Report on lock hospitals in British Burma
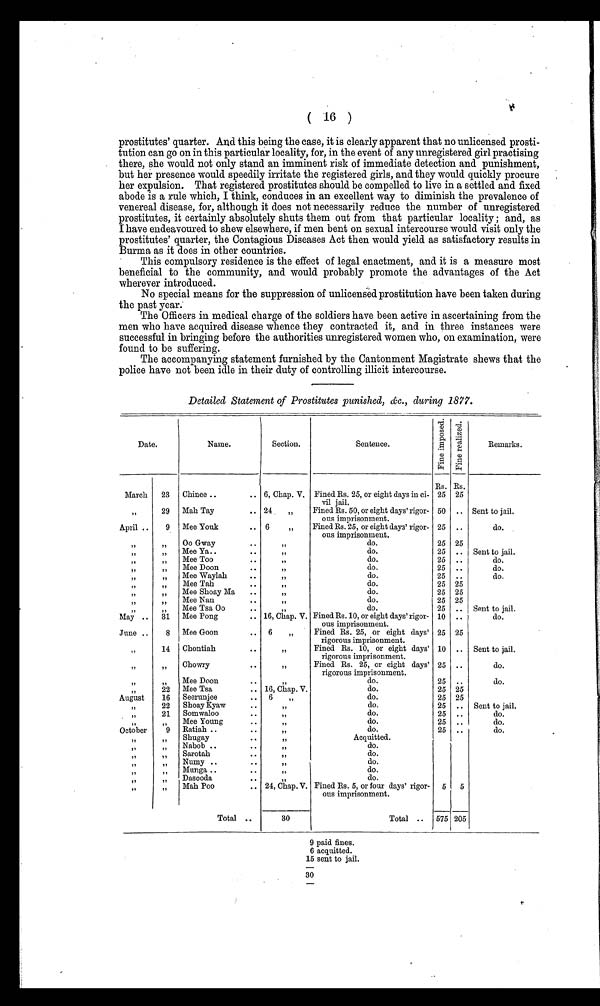
(16)
prostitutes' quarter. And this being the case, it is clearly apparent that no unlicensed prosti
tution can go on in this particular locality, for, in the event of any unregistered girl practising
there, she would not only stand an imminent risk of immediate detection and punishment,
but her presence would speedily irritate the registered girls, and they would quickly procure
her expulsion. That registered prostitutes should be compelled to live in a settled and fixed
abode is a rule which, I think, conduces in an excellent way to diminish the prevalence of
venereal disease, for, although it does not necessarily reduce the number of unregistered
prostitutes, it certainly absolutely shuts them out from that particular locality ; and, as
I have endeavoured to shew elsewhere, if men bent on sexual intercourse would visit only the
prostitutes' quarter, the Contagious Diseases Act then would yield as satisfactory results in
Burma as it does in other countries.
This compulsory residence is the effect of legal enactment, and it is a measure most
beneficial to the community, and would probably promote the advantages of the Act
wherever introduced.
No special means for the suppression of unlicensed prostitution have been taken during
the past year.
The Officers in medical charge of the soldiers have been active in ascertaining from the
men who have acquired disease whence they contracted it, and in three instances were
successful in bringing before the authorities unregistered women who, on examination, were
found to be suffering.
The accompanying statement furnished by the Cantonment Magistrate shews that the
police have not been idle in their duty of controlling illicit intercourse.
Detailed Statement of Prostitutes punished, &c., during 1877.
Date.
Name.
Section,
Sentence.
F i n e i m p e s s e d .
F i n e r e a l i z e d .
Remarks.
Rs. Rs.
March 23 Chinee .. .. 6, Chap. V, Fined Rs. 25, or eight days in ci- 25 25
"
vil jail.
"
29 Mah Tay .... 24 „ Fined Rs. 50, or eight days' rigor- 50 .. Sent to jail.
"
ous imprisonment.
April .. 9 Mee Youk .... 6 71 Fined Rs. 25, or eight days' rigor- 25 ..
do.
"
ous imprisonment.
" " Oo Gway
..
71
do.
25 25
"
Mee Ya ..
• .
"
do.
25 .. Sent to jail.
"
Mee Too
..
11
do.
25 ..
do.
"
Mee Doon
.. •
It
do.
25 ..
do.
"
Mee Waylah
• .
I
do. .
25 .
do.
"
Mee Tah
..
1,
do.
25 25
"
Mee Shoay Ma ..
17
do.
25 25
"
Mee Nan
. .
/7
do.
25 25
"
Mee Tsa Oo
..
do.
25 .. Sent to jail.
May .. 31 Mee Pong
.. 16, chap. V. Fined Rs. 10, or eight days' rigor- 10 ..
do.
ous imprisonment.
June .. 8 Mee Goon
. , 6 „ Fined Rs. 25 or eight days' 25 25
rigorous imprisonment.
" 14 Chontiah
..
77
Fined Rs 10 or eight days' 10 .. Sent to jail,
rigorous imprisonment.
77 Chowry
• •
77
Fined Rs 25, or eight days' 25 ..
do.
rigorous imprisonment.
Mee Doon
..
do.
25 .
do.
2 2 Mee Tsa
.. 16, Chap. V.
do.
25 2.5
August 16 Seerunjee
.. 6 „
do.
25 25
" 22 Shoay Kyaw
..
"
do.
25 .. Sent to jail.
21 Somwaloo
....
do.
25 ..
do.
, Mee Young
....
do.
25 ..
do.
October ' 9 Ratiah ..
....
do.
25 ..
do.
" " Shugay
..
Acquitted.
Nabob ..
....
do.
Sarotah. • •..
do.
Numy ..
..
do.
Munga ..
..
do.
Dasooda
..
do.
Mah Poo
.. 24, Chap. V. Fined Rs. 5, or four days' rigor- 5 5
ous imprisonment.
Total ..
30
Total ..
--
575
--
205
9 paid fines.
6 acquitted.
15 sent to jail.
30